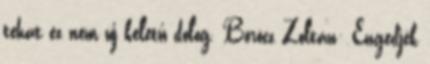
tehát ez nem új keletű dolog. Böröcz Zoltán: Engedjék